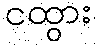
ငထွား